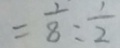
= \frac { 1 } { 8 } : \frac { 1 } { 2 }